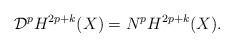
LaTeX: \begin{align*}\mathcal D^p H^{2p+k}(X)=N^p H^{2p+k}(X).\end{align*}